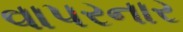
વાપરનાર